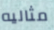
مثاليه